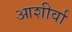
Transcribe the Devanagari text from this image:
आशीर्वा